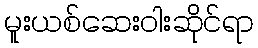
မူးယစ်ဆေးဝါးဆိုင်ရာ